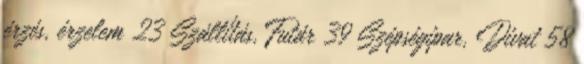
érzés, érzelem 23 Szállítás, Futár 39 Szépségipar, Divat 58